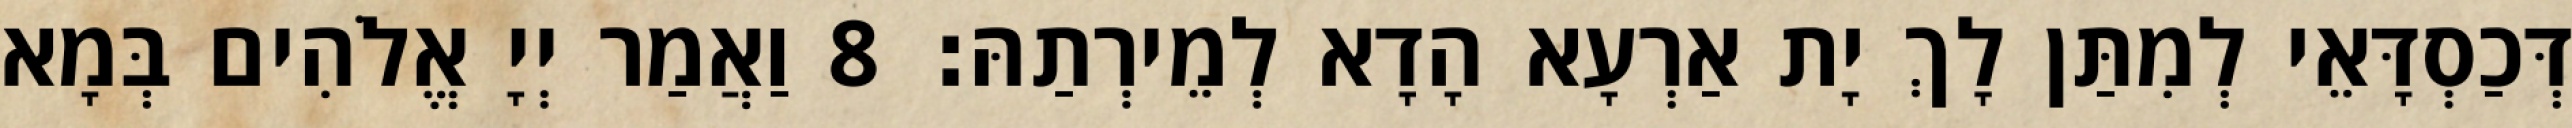
דְּכַסְדָּאֵי לְמִתַּן לָךְ יָת אַרְעָא הָדָא לְמֵירְתַהּ׃ 8 וַאֲמַר יְיָ אֱלֹהִים בְּמָא